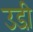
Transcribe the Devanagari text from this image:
उडी़